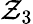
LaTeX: \mathcal{Z}_{3}